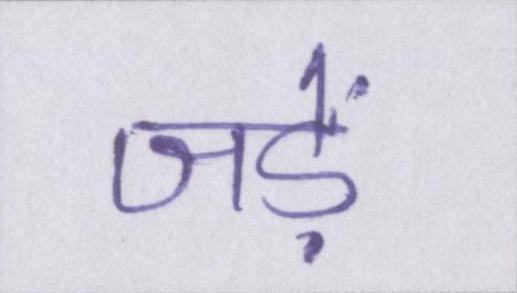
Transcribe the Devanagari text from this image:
जड़ें